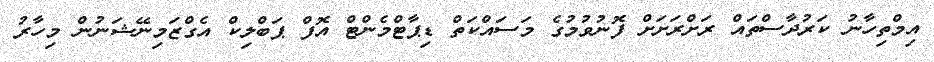
އިމްތިހާނު ކަރުދާސްތައް ރަށްރަށަށް ފޮނުވުމުގެ މަސައްކަތް ޑިޕާޓްމެންޓް އޮފް ޕަބްލިކް އެގްޒަމިނޭޝަނުން މިހާރު